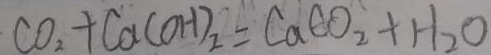
C O _ { 2 } + C a ( O H ) _ { 2 } = C a C O _ { 2 } + H _ { 2 } O